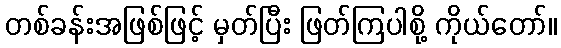
တစ်ခန်းအဖြစ်ဖြင့် မှတ်ပြီး ဖြတ်ကြပါစို့ ကိုယ်တော်။